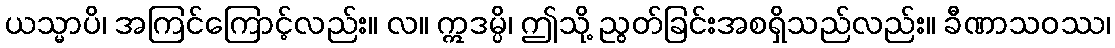
ယသ္မာပိ၊ အကြင်ကြောင့်လည်း။ လ။ ဣဒမ္ပိ၊ ဤသို့ ညွတ်ခြင်းအစရှိသည်လည်း။ ခီဏာသဝဿ၊